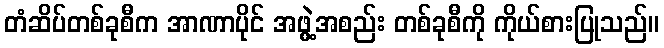
တံဆိပ်တစ်ခုစီက အာဏာပိုင် အဖွဲ့အစည်း တစ်ခုစီကို ကိုယ်စားပြုသည်။